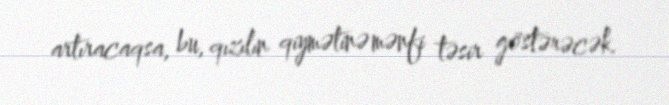
artıracaqsa, bu, qızılın qiymətinə mənfi təsir göstərəcək.